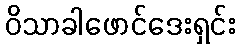
ဝိသာခါဖောင်ဒေးရှင်း